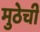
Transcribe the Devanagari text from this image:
मुठेची